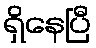
ရှိနေပြီ